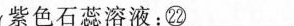
紫色石蕊溶液：㉒___